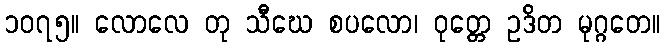
၁၀၇၅။ လောလေ တု သီဃေ စပလော၊ ဝုတ္တေ ဥဒိတ မုဂ္ဂတေ။